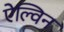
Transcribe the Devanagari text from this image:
ऐल्विन